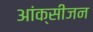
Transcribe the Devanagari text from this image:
आंक्सीजन